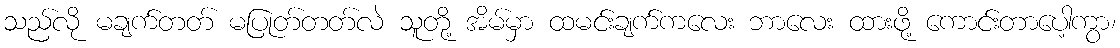
သည်လို မချက်တတ် မပြုတ်တတ်လဲ သူတို့ အိမ်မှာ ထမင်းချက်ကလေး ဘာလေး ထားဖို့ ကောင်းတာပေါ့ကွာ၊